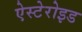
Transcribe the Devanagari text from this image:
ऐस्टेरोइड